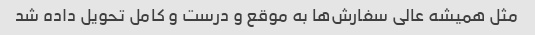
مثل همیشه عالی سفارش‌ها به موقع و درست و کامل تحویل داده شد